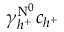
\gamma _ { h ^ { + } } ^ { \mathrm { N } ^ { 0 } } c _ { h ^ { + } }